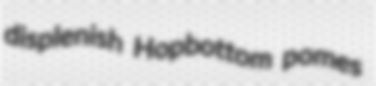
displenish Hopbottom pomes